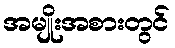
အမျိုးအစားတွင်